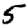
Digit: 5